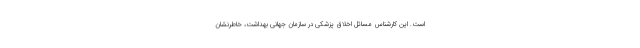
است. این کارشناس مسائل اخلاق پزشکی در سازمان جهانی بهداشت، خاطرنشان